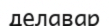
делавар